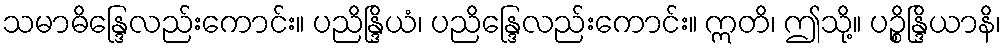
သမာဓိန္ဒြေလည်းကောင်း။ ပညိန္ဒြိယံ၊ ပညိန္ဒြေလည်းကောင်း။ ဣတိ၊ ဤသို့။ ပဉ္စိန္ဒြိယာနိ၊